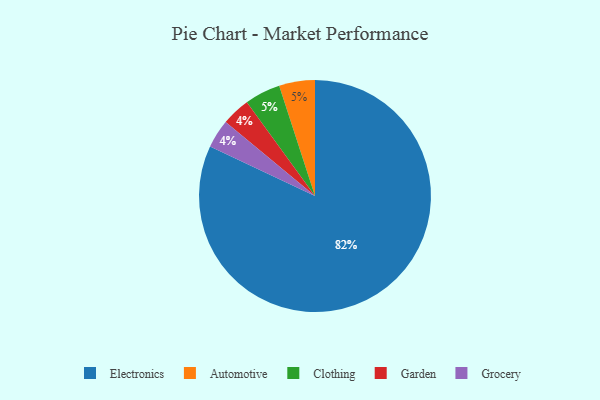
{"axis": {"x": "Category", "y": "Percentage"}, "legend": ["Automotive", "Clothing", "Electronics", "Garden", "Grocery"], "data": [{"x": "Automotive", "y": 5, "type": "Automotive"}, {"x": "Electronics", "y": 82, "type": "Electronics"}, {"x": "Clothing", "y": 5, "type": "Clothing"}, {"x": "Garden", "y": 4, "type": "Garden"}, {"x": "Grocery", "y": 4, "type": "Grocery"}]}